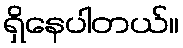
ရှိနေပါတယ်။